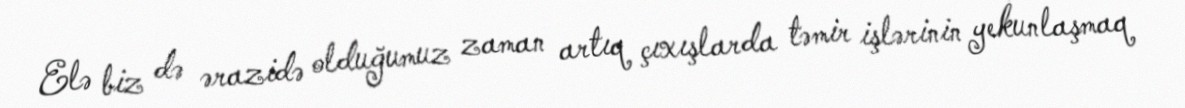
Elə biz də ərazidə olduğumuz zaman artıq çıxışlarda təmir işlərinin yekunlaşmaq